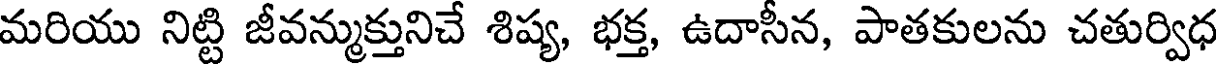
మరియు నిట్టి జీవన్ముక్తునిచే శిష్య, భక్త, ఉదాసీన, పాతకులను చతుర్విధ